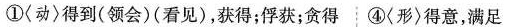
①〈动〉得到(领会)(看见)，获得；俘获；贪得：④〈形)得意，满足